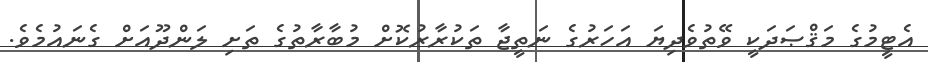
އެޓީމުގެ މަޤްޞަދަކީ ވޭތުވެދިޔަ އަހަރުގެ ނަތީޖާ ތަކުރާރުކޮށް މުބާރާތުގެ ތަށި ލަންދޫއަށް ގެނައުމެވެ.